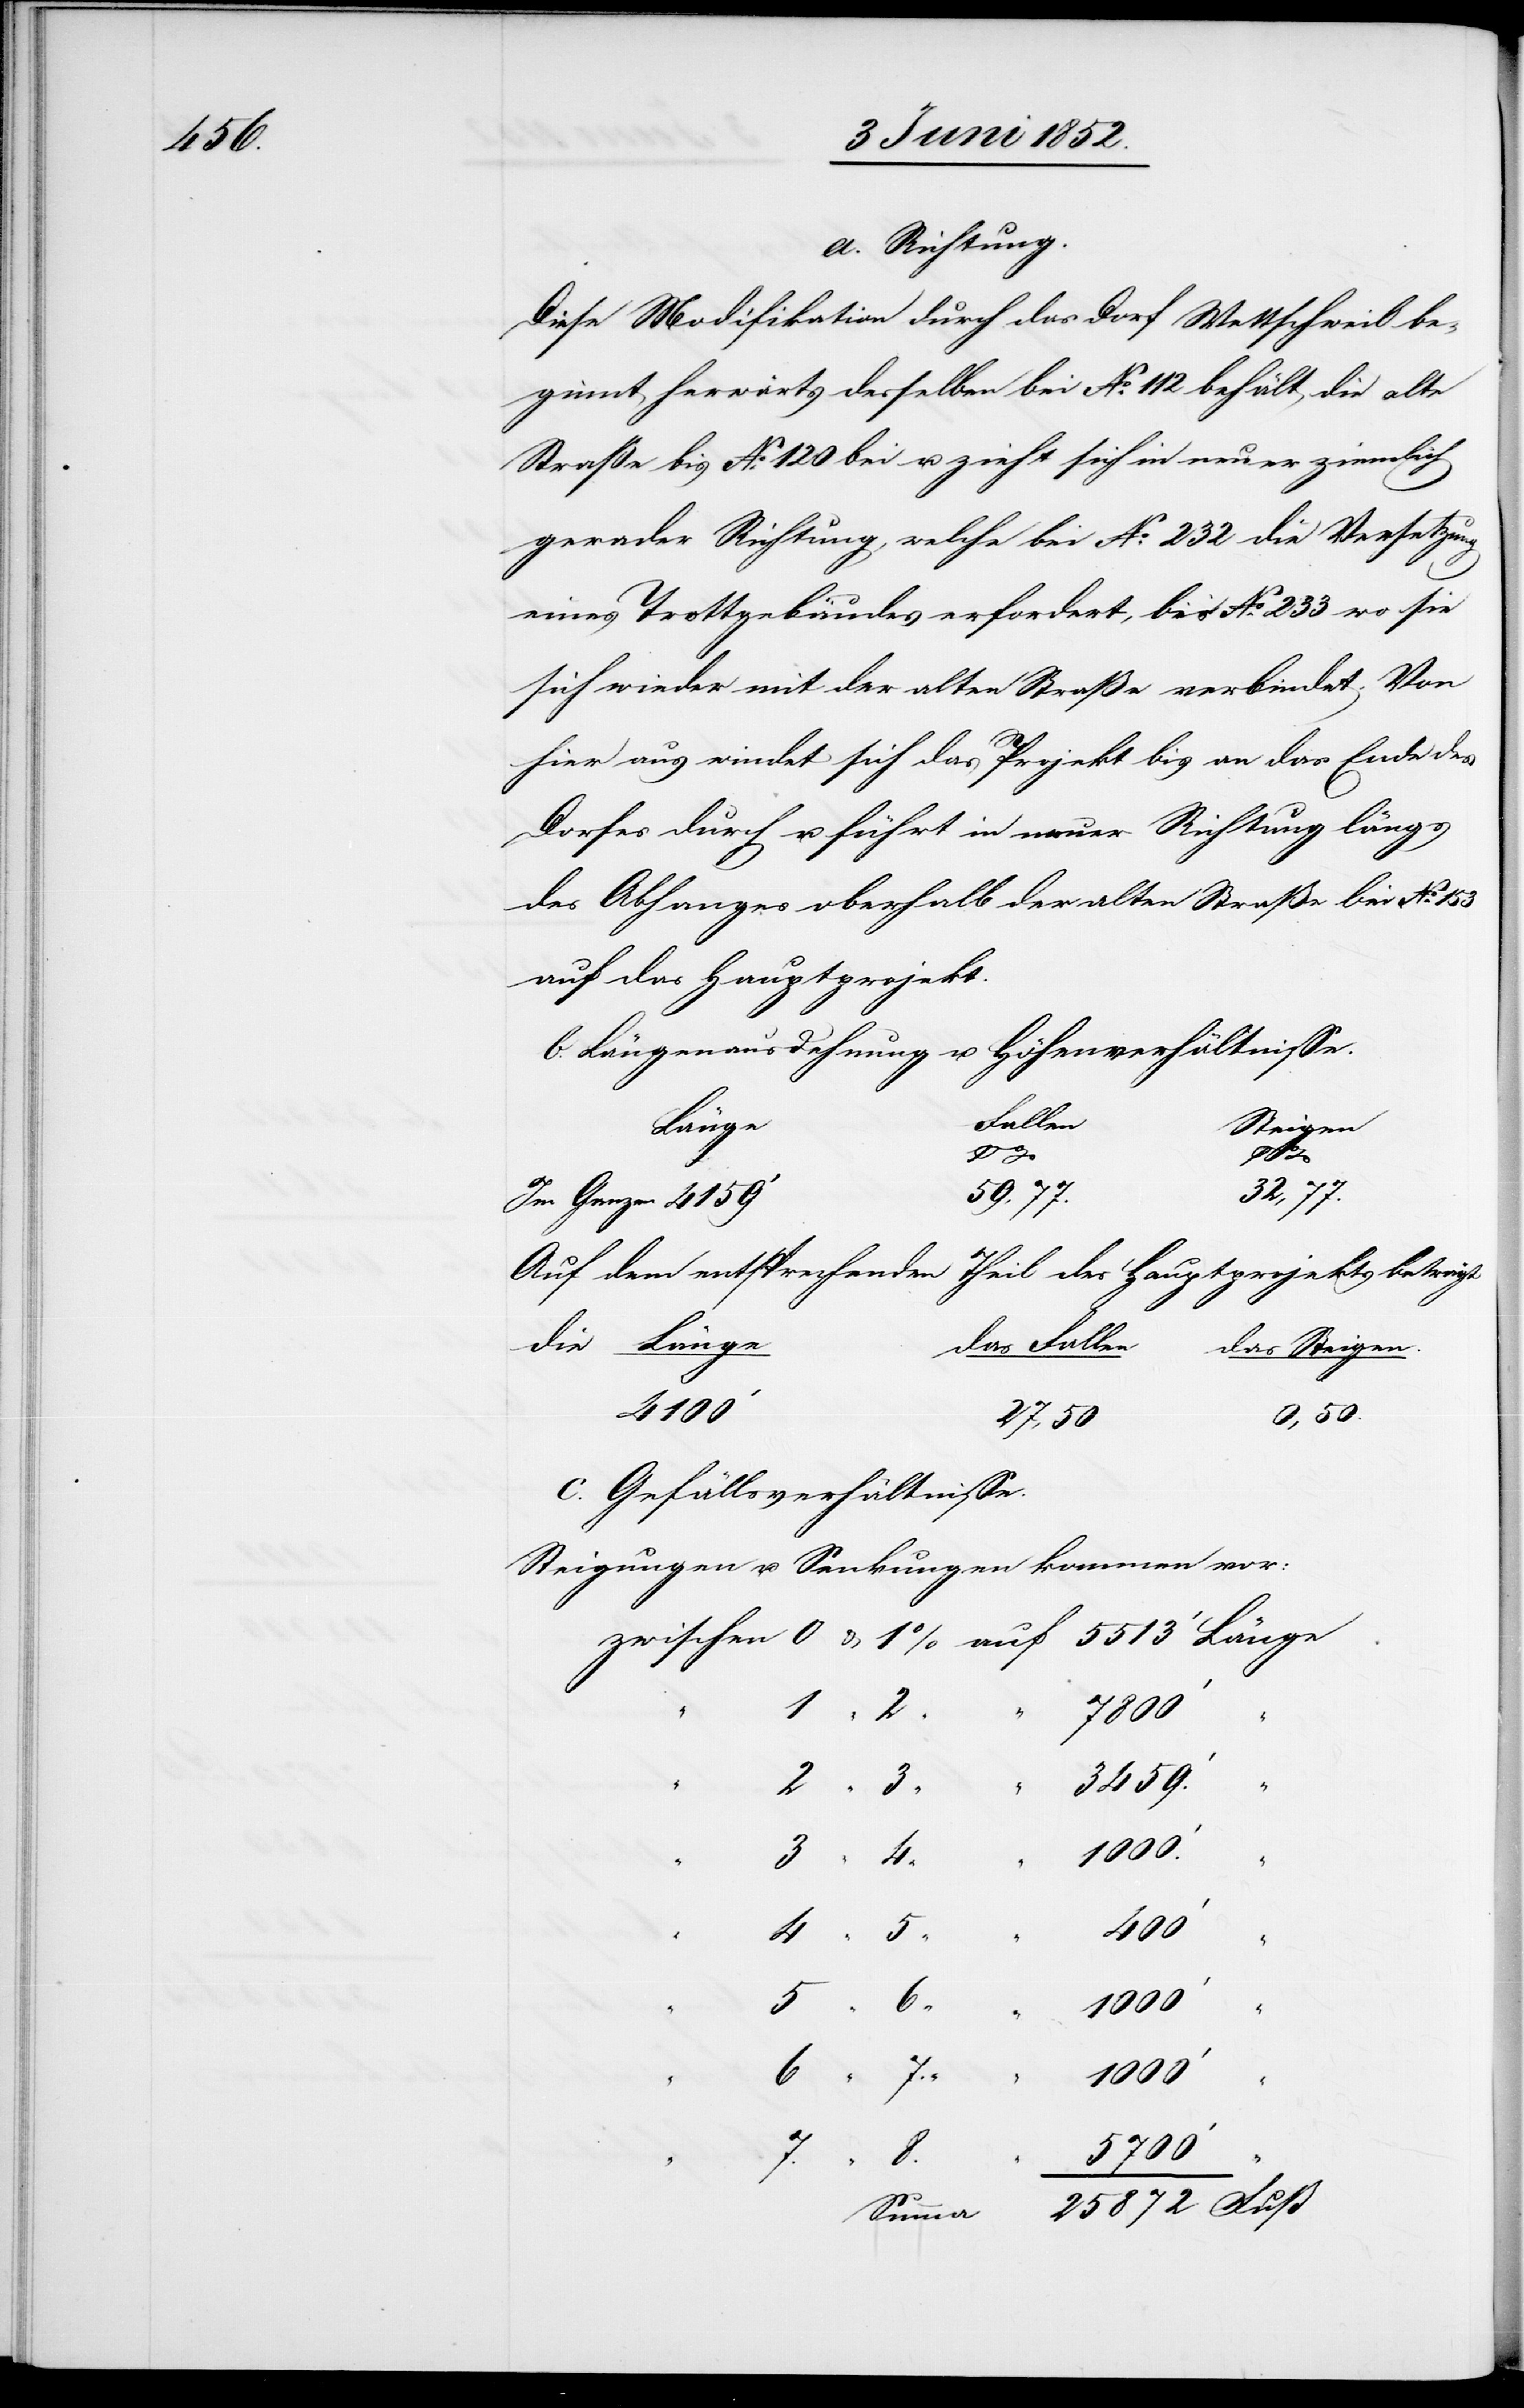
a. Richtung.
Diese Modifikation durch das Dorf Wettschweil be¬
ginnt herwärts desselben bei No. 112 behält die alte
Straße bis No. 120 bei u. zieht sich in neuer ziemlich
gerader Richtung, welche bei No. 232 die Versetzung
eines Trottgebäudes erfordert, bis No. 233 wo sie
sich wieder mit der alten Straße verbindet. Von
hier aus windet sich das Projekt bis an das Ende des
Dorfes durch u. führt in neuer Richtung längs
des Abhanges oberhalb der alten Straße bei No.
auf das Hauptprojekt.
b. Längenausdehnung u. Höhenverhältnisse.
zwischen
Länge.
Steigen
Fuß
59,77.
872
Im Ganzen 4159‘
Auf dem entsprechenden Theil des Hauptprojekts beträgt
die Länge
das Fallen
das Steigen.
4100‘
0,50.
c. Gefällsverhältnisse.
Steigungen u. Senkungen kommen vor:
5700‘
Summa
25
6 “
1000‘
“